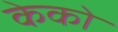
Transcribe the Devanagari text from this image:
केको